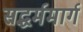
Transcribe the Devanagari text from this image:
सद्धर्ममार्ग